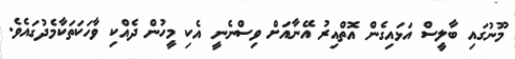
މޫނުގައި ބާލީސް އަޅައިގެން އޮތްއިރު އޭނާއަށް ވިސްނެނީ އެކި މީހުން ދެއްކި ވާހަކަތަކާމެދުގައެވެ.